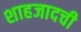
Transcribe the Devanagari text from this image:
शाहजादची